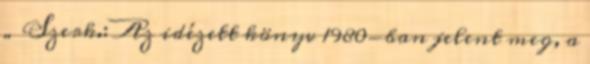
„ Szerk.: Az idézett könyv 1980-ban jelent meg, a